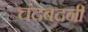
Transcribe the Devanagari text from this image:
चंदबदनी